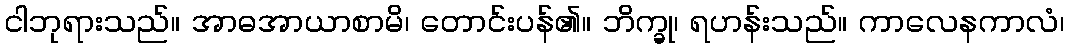
ငါဘုရားသည်။ အာဓအာယာစာမိ၊ တောင်းပန်၏။ ဘိက္ခု၊ ရဟန်းသည်။ ကာလေနကာလံ၊